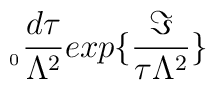
_{_{0}}\frac{d\tau }{\Lambda ^{2}}exp\{\frac{\Im }{\tau \Lambda ^{2}}\}